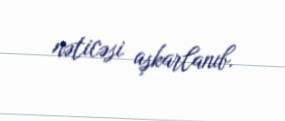
nəticəsi aşkarlanıb.